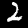
Digit: 2